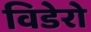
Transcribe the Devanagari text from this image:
विडेरो